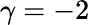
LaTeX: \gamma=-2